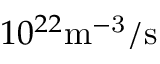
1 0 ^ { 2 2 } \mathrm { m ^ { - 3 } / s }